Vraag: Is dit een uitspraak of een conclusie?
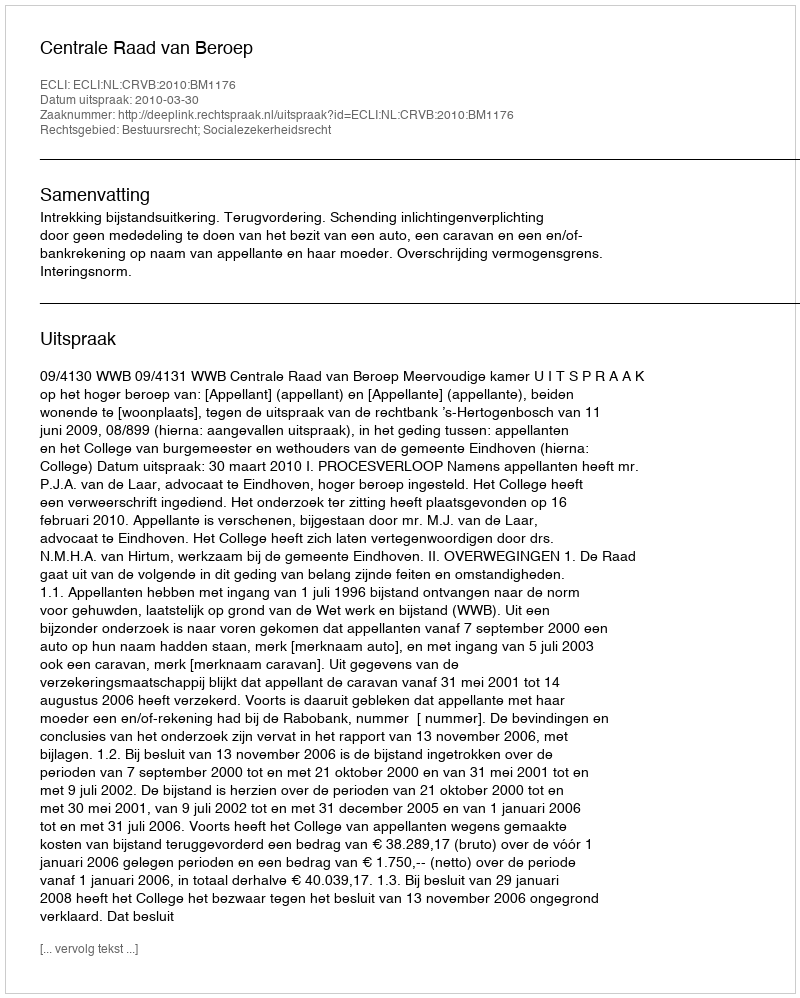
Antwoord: Uitspraak